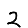
Digit: 2